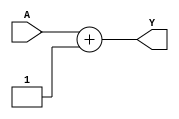
module PC_Soma4(
    input wire [31:0] A, // Entrada para o novo valor do PC
    output wire [31:0] Y // Sada do valor atual do PC
);

	assign Y = A+1;

endmodule